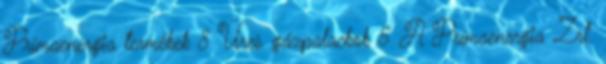
Prímaenergia termékek 8 Üres gázpalackok 5 A Prímaenergia Zrt.